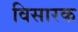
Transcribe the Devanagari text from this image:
विसारक